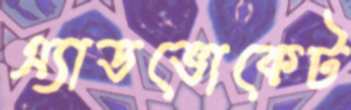
এ্যাডভোকেট